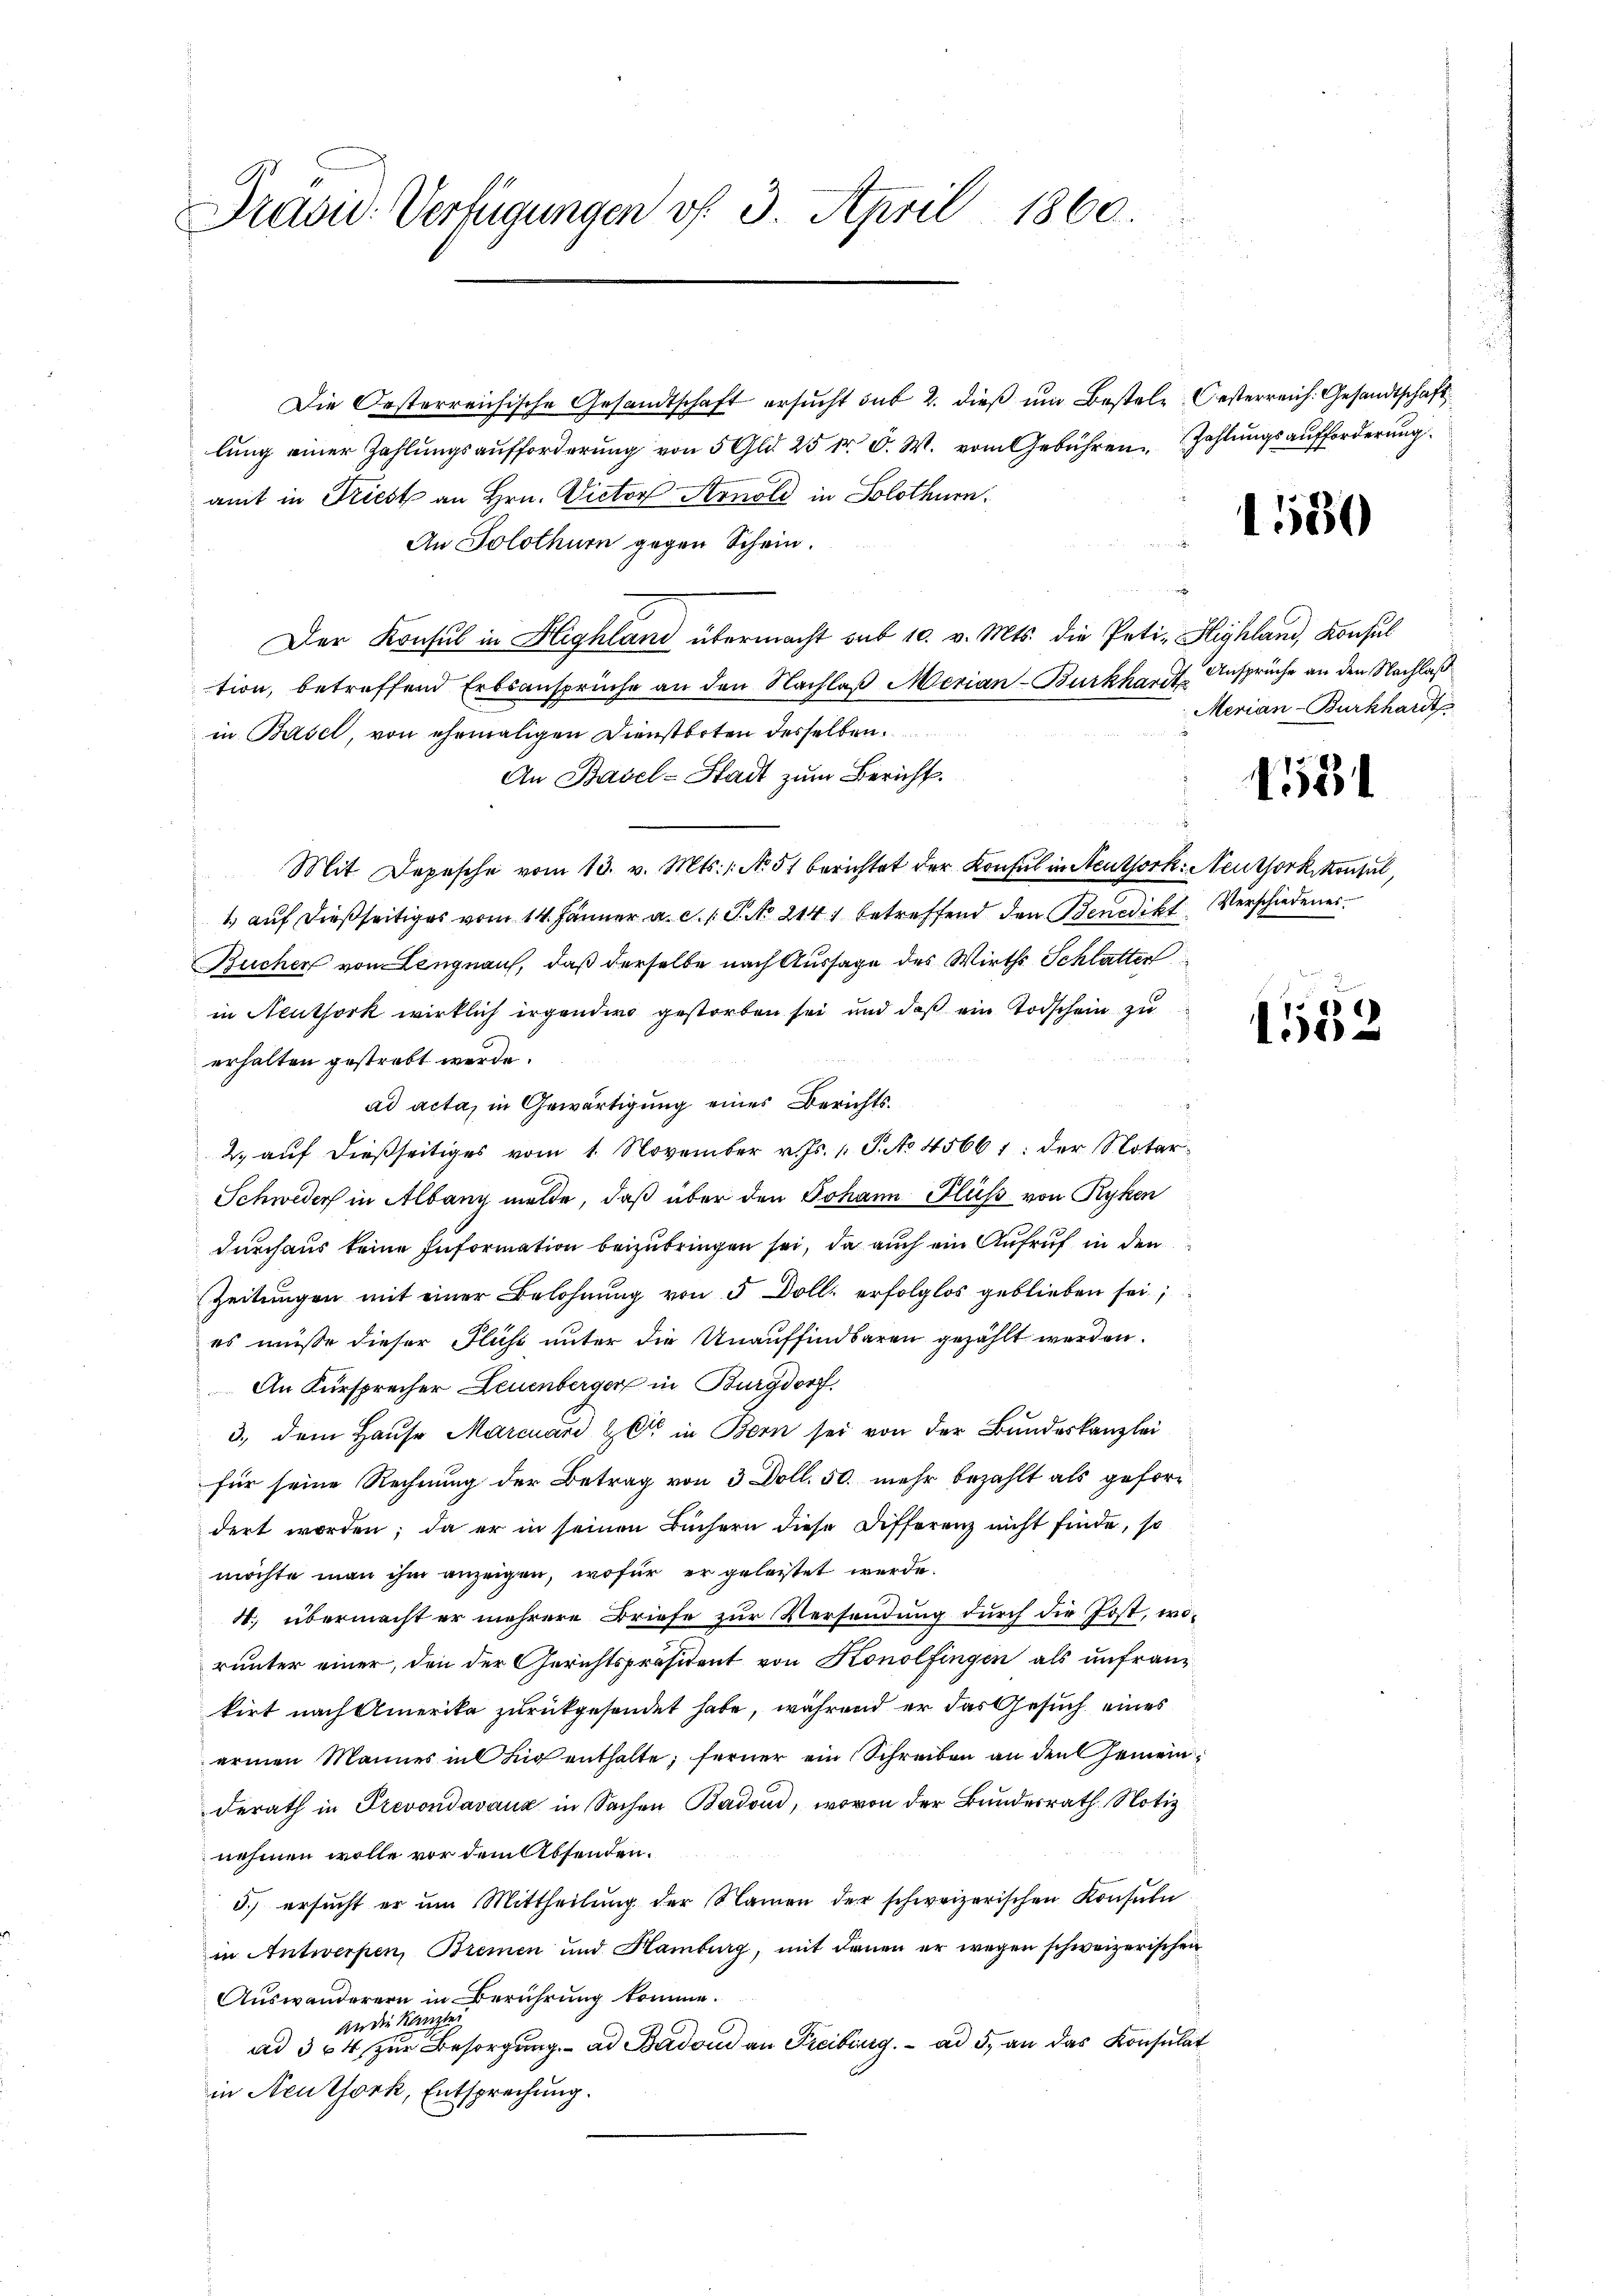
Präsid. Verfügungen v. 3. April 1860.

Die Oesterreichische Gesandtschaft ersucht das 2. dieß um Bestele, Oesterreich. Gesandtschaft
lung einer Zahlungsaufforderung von 5 Gld. 25 fr. C. W. vom Gebühren Zahlungsaufforderung
amt in Triest an Hrn. Victor Arnold in Solothurn.
An Solothurn gegen Schein.
Der Konsul in Highland übermacht sub 10. v. Mts. die Peti-Highland, Konsul
tion, betreffend Erbsansprüche an den Nachlaß Merian-Burkhardt Ansprüche an den Nachlaß
in Basel, von ehemaligen Dienstboten desselben.
An Basel-Stadt zum Bericht.
Mit Depesche vom 13. v. Mts. No. 51 berichtet der Konsul in Aeuthork: Neuthorkskonsul,
1) auf dießseitiges vom 14. Jänner a. c. l. J. No 214. betreffend den Benedikt Verschiedener¬
Buchen von Lengnauf, daß derselbe nach Aussage des Wirths Schlatter
in Neuthork wirklich irgendwo gestorben sei und daß ein Todschein zu
erhalten gestrebt werde.
ad acta, in Gewärtigung eines Berichts¬
2. auf dießseitiges vom 1. November v. Js. v. P. No 45661: der Notar¬
Schweder in Albang melde, daß über den Johann Fluss von Ryken
durchaus keine Information beizubringen sei, da auch ein Aufruf in den
Zeitungen mit einer Belohnung von 5 Dolle erfolglos geblieben sei
es müsse dieser Fluss unter die Unauffindbaren gezählt werden.
An Fürsprecher Leuenberger in Burgdorf.
3., dem Hause Marcuard & Cie in Bern sei von der Bundeskanzlei
für seine Rechnung der Betrag von 3 Doll. 50. mehr bezahlt als gefordert worden; da er in seinen Büchern diese Differenz nicht finde, so
möchte man ihm anzeigen, wofür er geleistet werde.
4. übermacht er mehrere Briefe zur Versendung durch die Jost, worunter einer, den der Gerichtspräsident von Konolfingen als unfranz
kirt nach Amerika zurückgesendet habe, während er das Gesuch eines
armen Mannes in für enthalte; ferner ein Schreiben an den Gemeinderath in Prevondavanz in Sachen Badoni, wovon der Bundesrath Notiz
nehmen wolle vor dem Absenden.
3.) ersucht er um Mittheilung der Namen der schweizerischen Konsula
in Antwerpen, Bremen und Hamburg, mit dauen er wegen schweizerischen
Auswanderern in Berührung komme.
An die Kanzlei
ad 354, zŭr Besorgŭng ad Badon an Freiburg. ad 5. an das Konsulat
in Neuthork, Entsprechung.

1550

Merian-Burkhardt

1531

1532